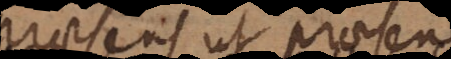
praesens ut praesens;